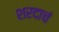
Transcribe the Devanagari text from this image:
शरदाचं